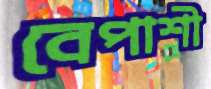
বেপাশী